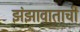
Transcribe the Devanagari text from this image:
झंझावाताची